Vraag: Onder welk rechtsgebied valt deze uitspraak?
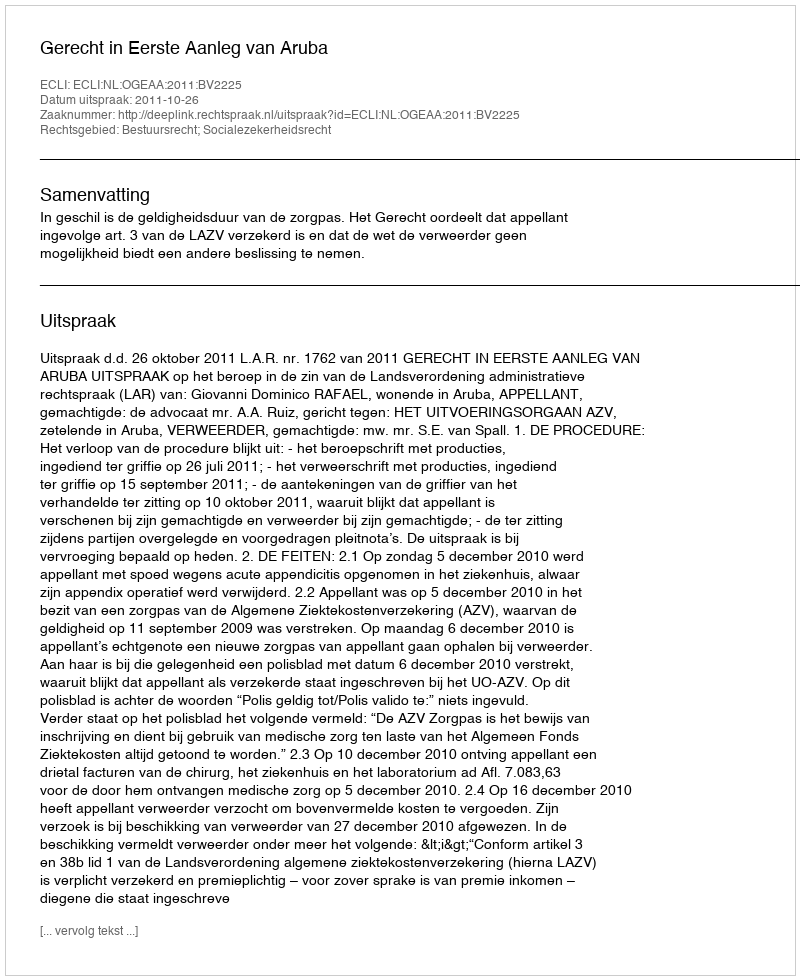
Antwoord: Bestuursrecht; Socialezekerheidsrecht